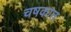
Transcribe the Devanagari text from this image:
चषकात